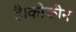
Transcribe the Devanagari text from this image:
है।कोकीन